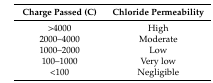
<table><thead><tr><td><b>Charge Passed (C)</b></td><td><b>Chloride Permeability</b></td></tr></thead><tbody><tr><td>&gt;4000</td><td>High</td></tr><tr><td>2000–4000</td><td>Moderate</td></tr><tr><td>1000–2000</td><td>Low</td></tr><tr><td>100–1000</td><td>Very low</td></tr><tr><td>&lt;100</td><td>Negligible</td></tr></tbody></table>